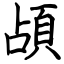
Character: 頕